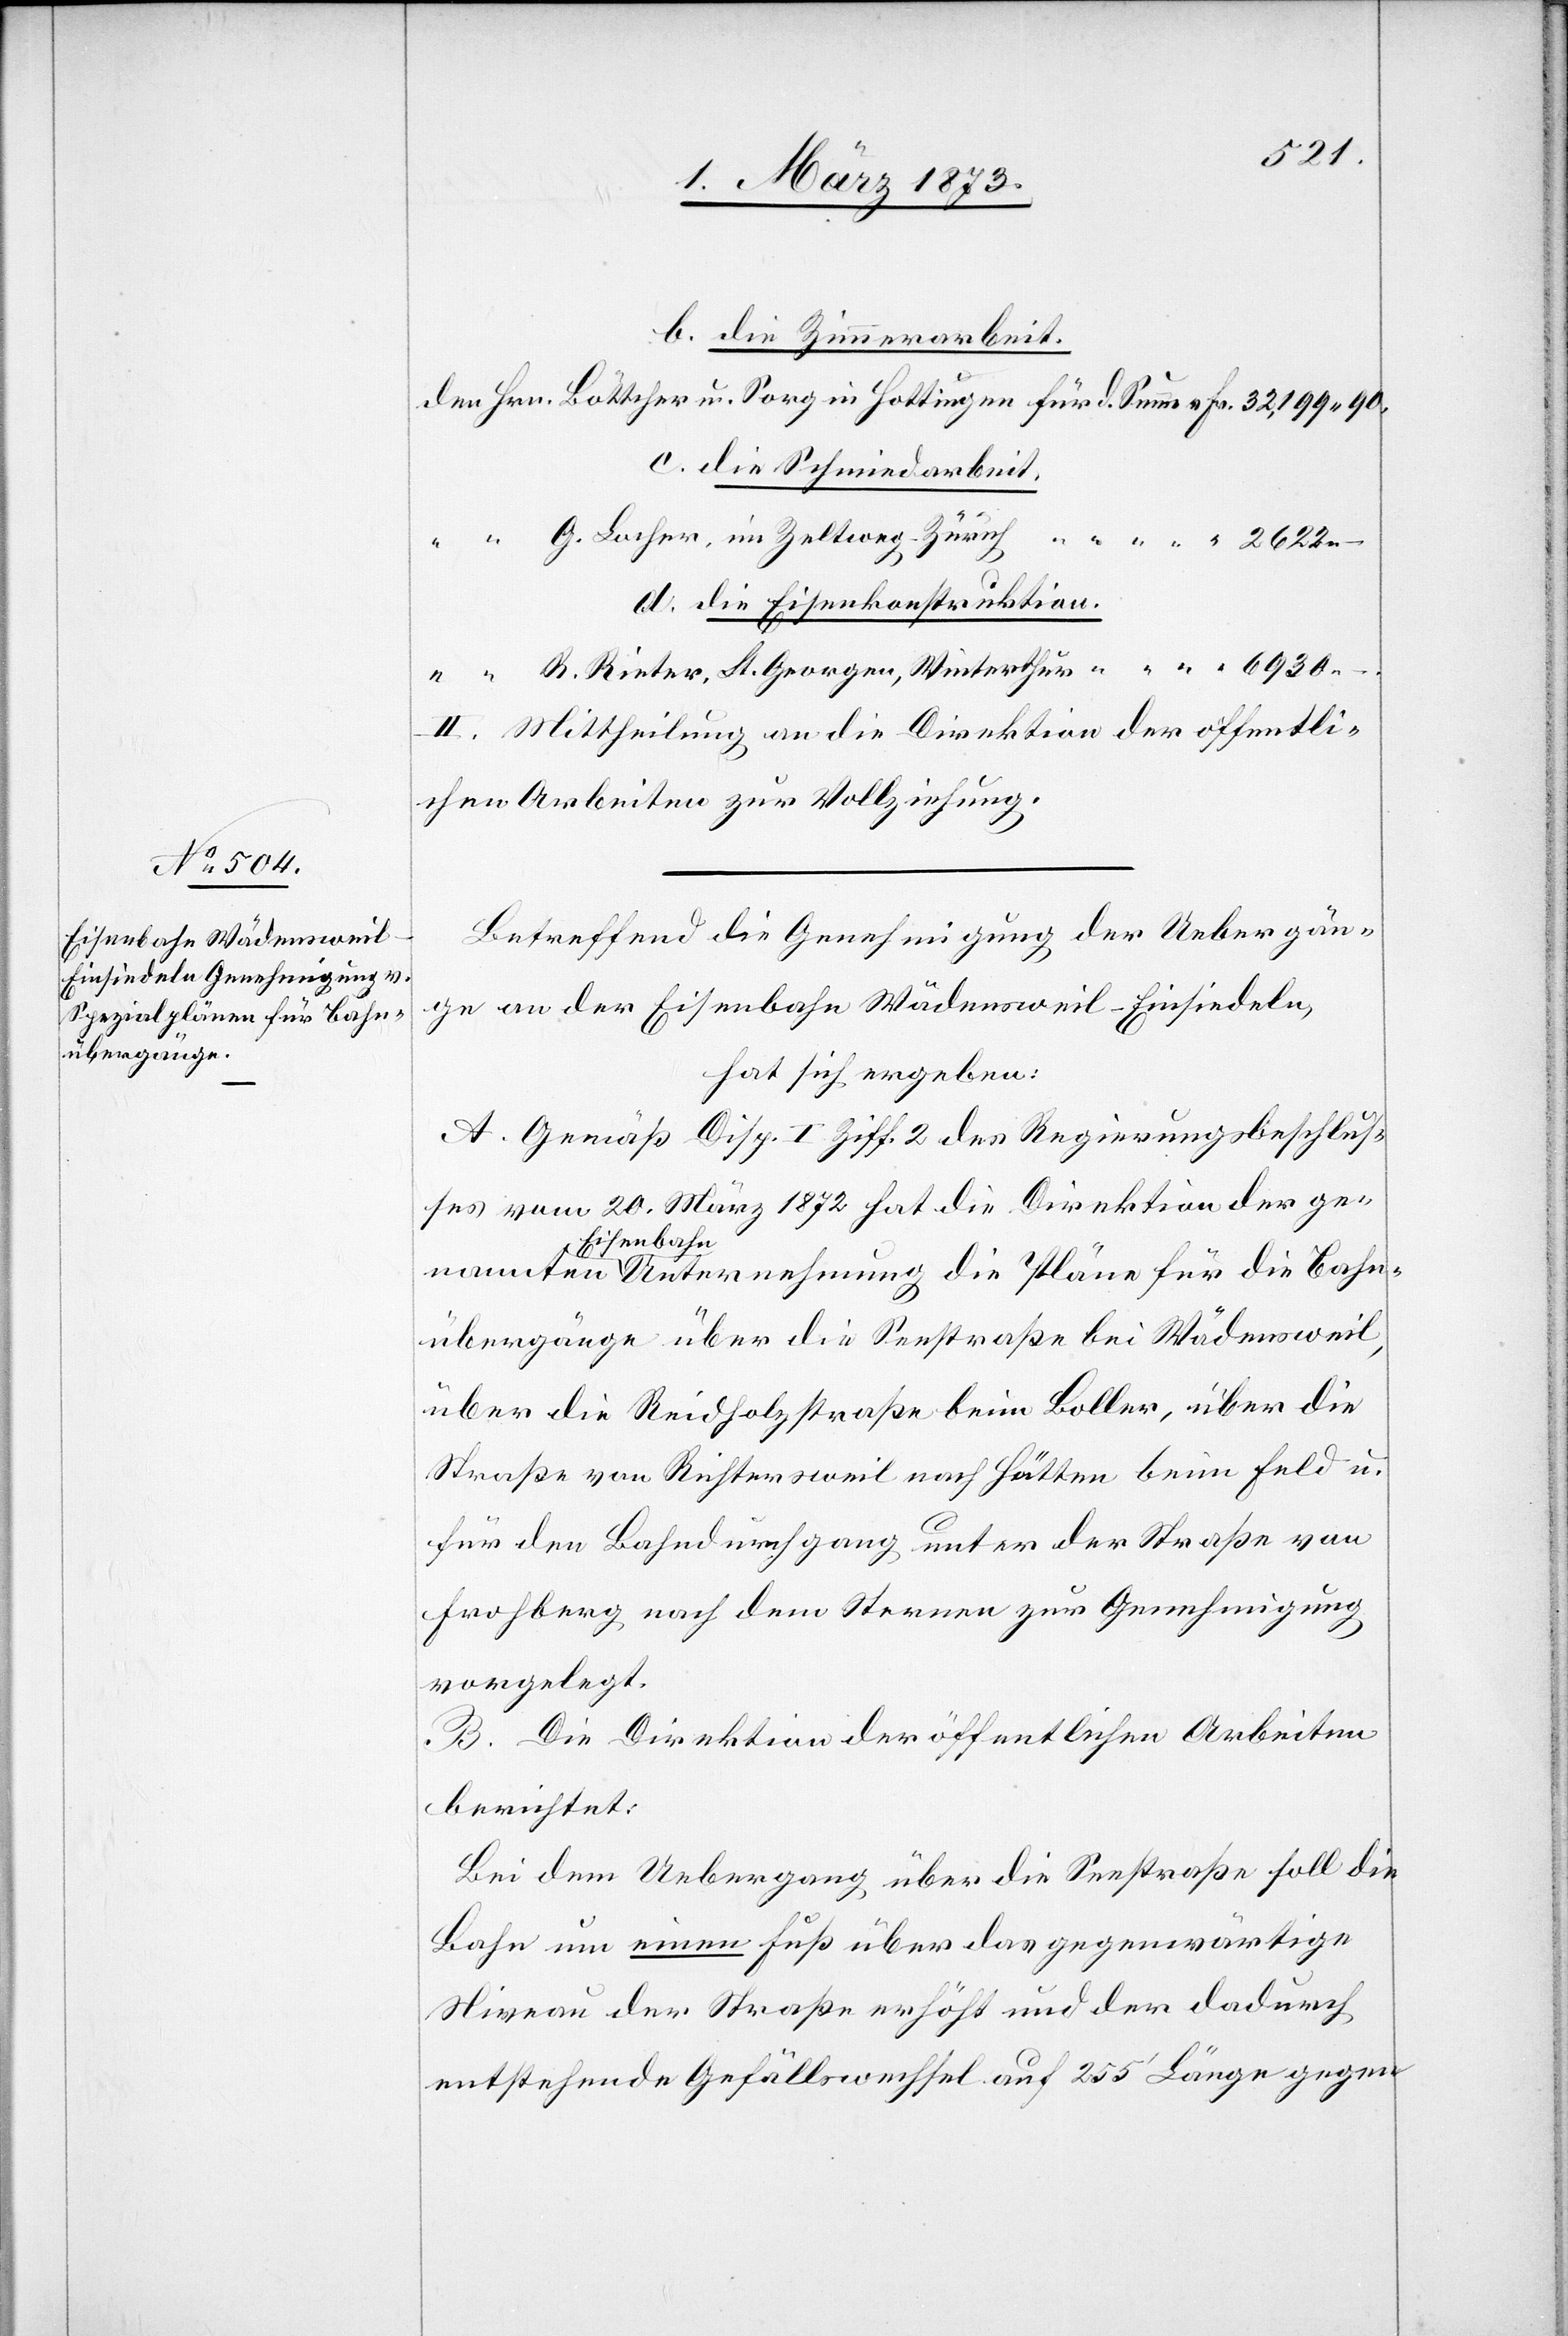
Bahn¬
b. die Zimmerarbeit.
dem Hrn. Böttcher u. Sorg in Hottingen für d. Summe v. Fr. 32,199.90.
c. die Schmiedarbeit.
“ “ G. Locher, im Zeltweg-Zürich “ “ “ “ “ 2622.-.
d. die Eisenkonstruktion.
“ “ R. Rieter, St. Georgen, Winterthur “ “ “ “ “ 6930.-.
II. Mittheilung an die Direktion der öffentli¬
chen Arbeiten zur Vollziehung.
Betreffend die Genehmigung der Uebergän¬
ge an der Eisenbahn Wädensweil–Einsiedeln,
hat sich ergeben:
A. Gemäß Disp. I. Ziff. 2 des Regierungsbeschlus¬
ses vom 20. März 1872 hat die Direktion der gen¬
Eisenbahn
übergänge über die Seestraße bei Wädensweil,
über die Reidholzstraße beim Boller, über die
Straße von Richtersweil nach Hütten beim Feld u.
für den Bahndurchgang unter der Straße von
Frohberg nach dem Sternen zur Genehmigung
vorgelegt.
B. Die Direktion der öffentlichen Arbeiten
berichtet:
Bei dem Uebergang über die Seestraße soll die
Bahn um einen Fuß über das gegenwärtige
Niveau der Straße erhöht und der dadurch
entstehende Gefällswechsel auf 255’ Länge gegen